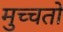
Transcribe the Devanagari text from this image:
मुच्चतो